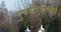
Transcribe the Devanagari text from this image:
गुगलिएल्मो